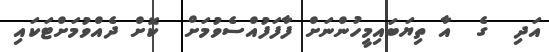
އަދި  ގެ  އާ ތިޔަބައިމީހުންނަށް ފާފަފުއްސެވުމަށް  ކޮށް ދެއްވުމަށްޓަކައި